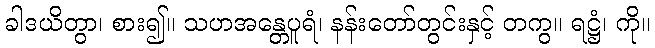
ခါဒယိတွာ၊ စား၍။ သဟအန္တေပူရံ၊ နန်းတော်တွင်းနှင့် တကွ။ ရဋ္ဌံ၊ ကို။